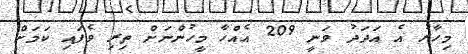
މިހާރު އެ އަދަދު ވަނީ 209 އެއްހާ މީހުންނަށް ތިރި ވެފައި ކަމަށް